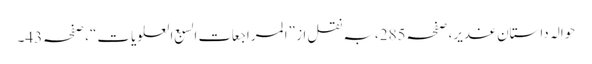
حوالہ داستانِ غدیر، صفحہ285،بہ نقل از ”المراجعات السبع العلویات“، صفحہ43۔